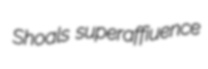
Shoals superaffiuence